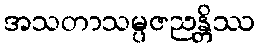
အသတာသမ္ပဇညန္တိဿ